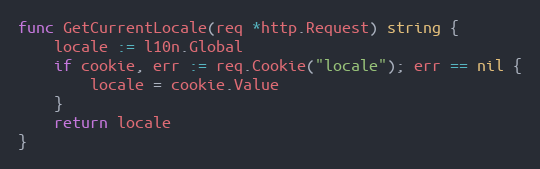
Language: Go
func GetCurrentLocale(req *http.Request) string {
	locale := l10n.Global
	if cookie, err := req.Cookie("locale"); err == nil {
		locale = cookie.Value
	}
	return locale
}